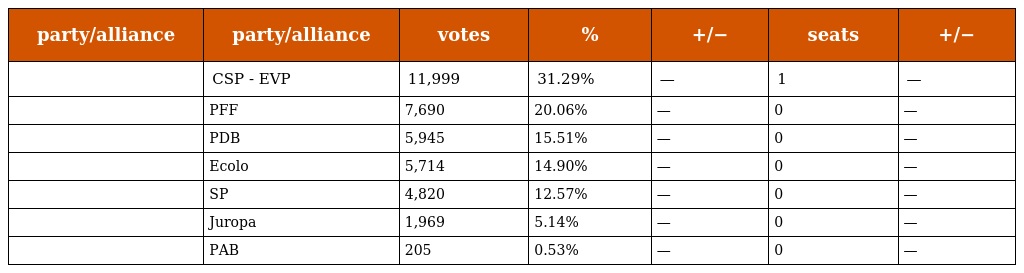
| party/alliance | party/alliance | votes | % | +/− | seats | +/− |
 | --- | --- | --- | --- | --- | --- | --- |
 |  | CSP - EVP | 11,999 | 31.29% | — | 1 | — |
 |  | PFF | 7,690 | 20.06% | — | 0 | — |
 |  | PDB | 5,945 | 15.51% | — | 0 | — |
 |  | Ecolo | 5,714 | 14.90% | — | 0 | — |
 |  | SP | 4,820 | 12.57% | — | 0 | — |
 |  | Juropa | 1,969 | 5.14% | — | 0 | — |
 |  | PAB | 205 | 0.53% | — | 0 | — |